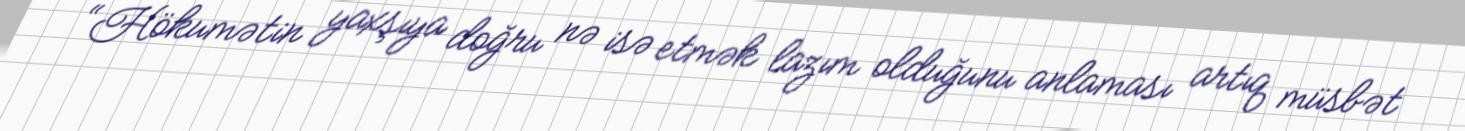
“Hökumətin yaxşıya doğru nə isə etmək lazım olduğunu anlaması artıq müsbət